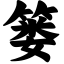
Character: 篓